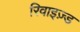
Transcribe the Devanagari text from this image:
रिवाइज़्ड